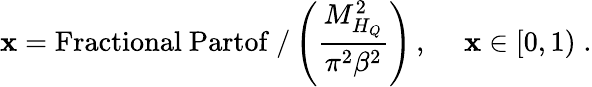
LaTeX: \mathbf{x}=\mathrm{{Fractional~Partof\ /}}\left(\frac{{M_{H_{Q}}^{2}}}{{\pi^{2}\beta^{2}}}\right)\, ,~~~~~\mathbf{x}\in[0,1)\; .